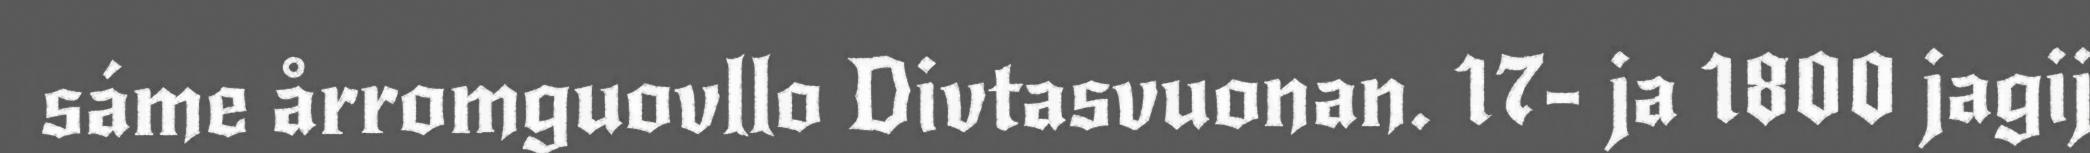
sáme årromguovllo Divtasvuonan. 17- ja 1800 jagij